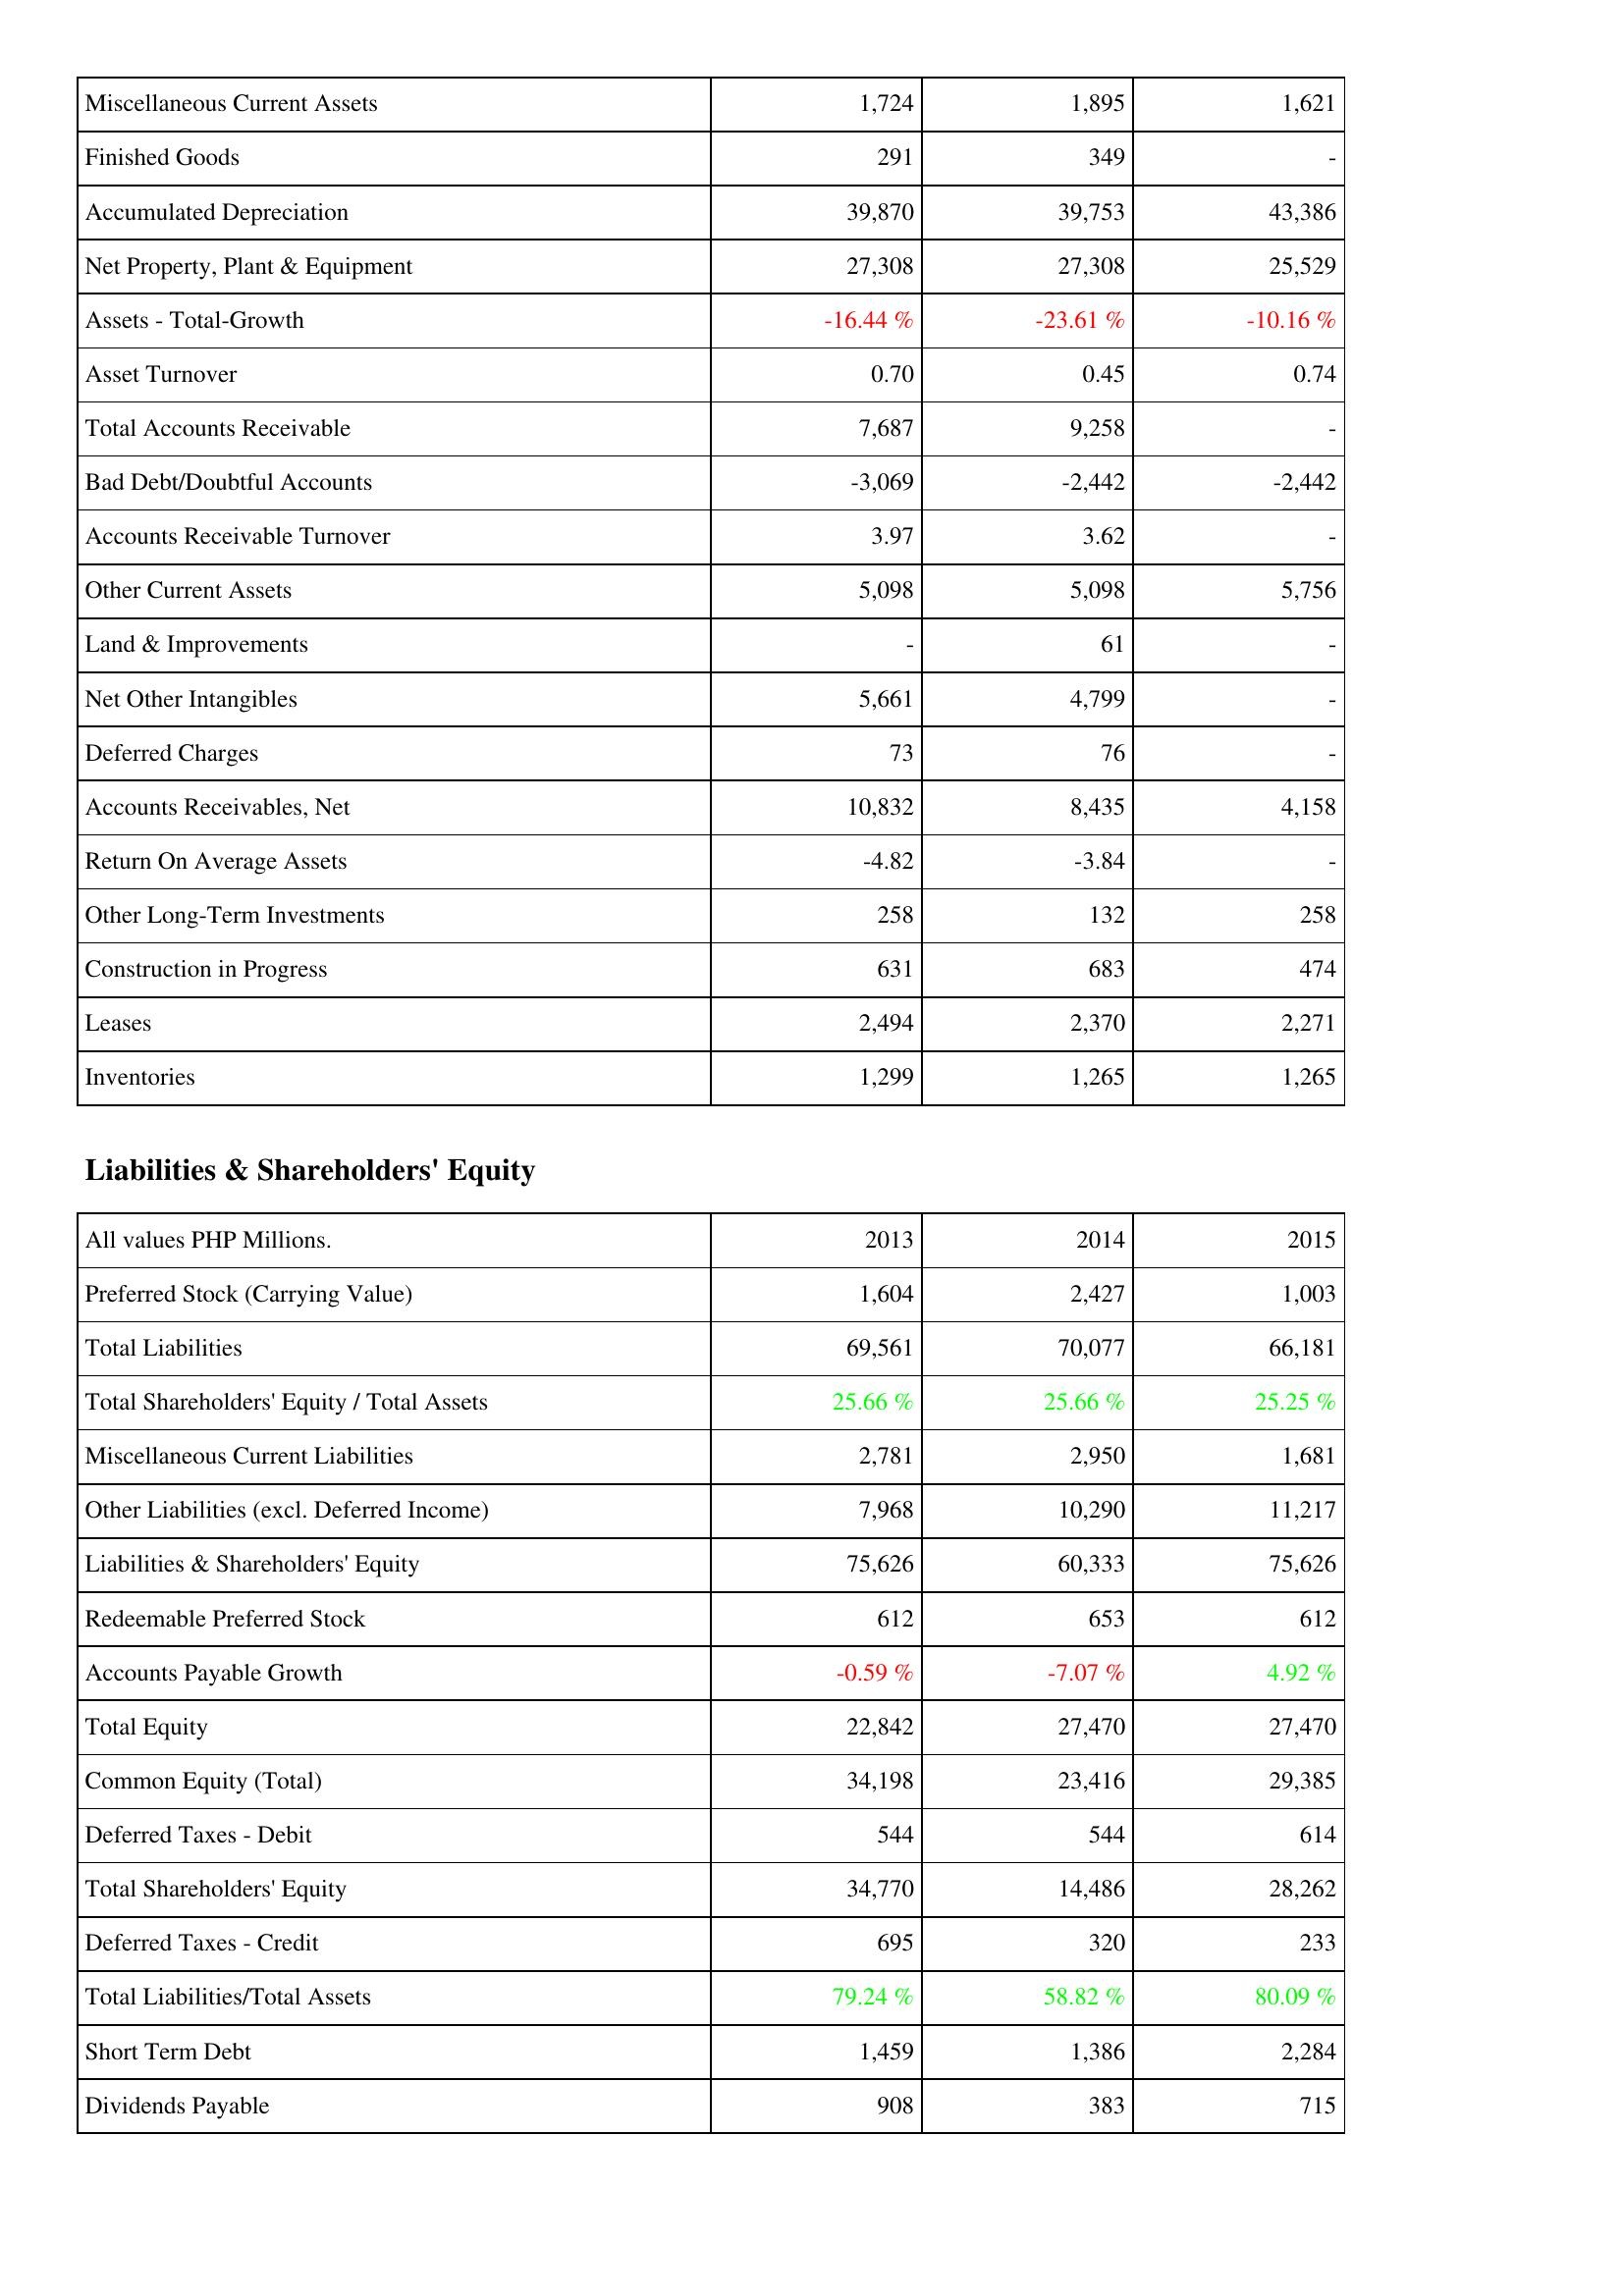
2013: Assets: Miscellaneous Current Assets: 1,724
Finished Goods: 291
Accumulated Depreciation: 39,870
Net Property, Plant & Equipment: 27,308
Assets - Total-Growth: -16.44 %
Asset Turnover: 0.70
Total Accounts Receivable: 7,687
Bad Debt/Doubtful Accounts: -3,069
Accounts Receivable Turnover: 3.97
Other Current Assets: 5,098
Land & Improvements: -
Net Other Intangibles: 5,661
Deferred Charges: 73
Accounts Receivables, Net: 10,832
Return On Average Assets: -4.82
Other Long-Term Investments: 258
Construction in Progress: 631
Leases: 2,494
Inventories: 1,299
Liabilities & Shareholders' Equity: Preferred Stock (Carrying Value): 1,604
Total Liabilities: 69,561
Total Shareholders' Equity / Total Assets: 25.66 %
Miscellaneous Current Liabilities: 2,781
Other Liabilities (excl. Deferred Income): 7,968
Liabilities & Shareholders' Equity: 75,626
Redeemable Preferred Stock: 612
Accounts Payable Growth: -0.59 %
Total Equity: 22,842
Common Equity (Total): 34,198
Deferred Taxes - Debit: 544
Total Shareholders' Equity: 34,770
Deferred Taxes - Credit: 695
Total Liabilities/Total Assets: 79.24 %
Short Term Debt: 1,459
Dividends Payable: 908
2014: Assets: Miscellaneous Current Assets: 1,895
Finished Goods: 349
Accumulated Depreciation: 39,753
Net Property, Plant & Equipment: 27,308
Assets - Total-Growth: -23.61 %
Asset Turnover: 0.45
Total Accounts Receivable: 9,258
Bad Debt/Doubtful Accounts: -2,442
Accounts Receivable Turnover: 3.62
Other Current Assets: 5,098
Land & Improvements: 61
Net Other Intangibles: 4,799
Deferred Charges: 76
Accounts Receivables, Net: 8,435
Return On Average Assets: -3.84
Other Long-Term Investments: 132
Construction in Progress: 683
Leases: 2,370
Inventories: 1,265
Liabilities & Shareholders' Equity: Preferred Stock (Carrying Value): 2,427
Total Liabilities: 70,077
Total Shareholders' Equity / Total Assets: 25.66 %
Miscellaneous Current Liabilities: 2,950
Other Liabilities (excl. Deferred Income): 10,290
Liabilities & Shareholders' Equity: 60,333
Redeemable Preferred Stock: 653
Accounts Payable Growth: -7.07 %
Total Equity: 27,470
Common Equity (Total): 23,416
Deferred Taxes - Debit: 544
Total Shareholders' Equity: 14,486
Deferred Taxes - Credit: 320
Total Liabilities/Total Assets: 58.82 %
Short Term Debt: 1,386
Dividends Payable: 383
2015: Assets: Miscellaneous Current Assets: 1,621
Finished Goods: -
Accumulated Depreciation: 43,386
Net Property, Plant & Equipment: 25,529
Assets - Total-Growth: -10.16 %
Asset Turnover: 0.74
Total Accounts Receivable: -
Bad Debt/Doubtful Accounts: -2,442
Accounts Receivable Turnover: -
Other Current Assets: 5,756
Land & Improvements: -
Net Other Intangibles: -
Deferred Charges: -
Accounts Receivables, Net: 4,158
Return On Average Assets: -
Other Long-Term Investments: 258
Construction in Progress: 474
Leases: 2,271
Inventories: 1,265
Liabilities & Shareholders' Equity: Preferred Stock (Carrying Value): 1,003
Total Liabilities: 66,181
Total Shareholders' Equity / Total Assets: 25.25 %
Miscellaneous Current Liabilities: 1,681
Other Liabilities (excl. Deferred Income): 11,217
Liabilities & Shareholders' Equity: 75,626
Redeemable Preferred Stock: 612
Accounts Payable Growth: 4.92 %
Total Equity: 27,470
Common Equity (Total): 29,385
Deferred Taxes - Debit: 614
Total Shareholders' Equity: 28,262
Deferred Taxes - Credit: 233
Total Liabilities/Total Assets: 80.09 %
Short Term Debt: 2,284
Dividends Payable: 715